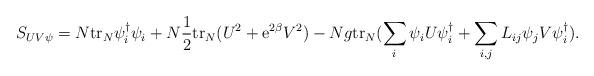
LaTeX: \begin{align*}S_{UV\psi} = N{\rm tr}_N\psi^{\dagger}_i\psi_i+N\frac{1}{2}{\rm tr}_N(U^2+{\rm e}^{2\beta}V^2) -Ng{\rm tr}_N(\sum_i \psi_iU\psi_i^{\dagger}+\sum_{i,j}L_{ij}\psi_jV\psi^{\dagger}_i).\end{align*}